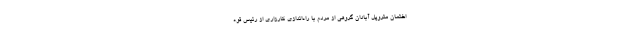
اختمان متروپل آبادان گروهی از مردم با راه‌اندازی کارزاری از رئیس قوه